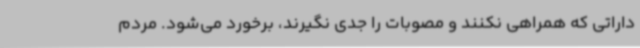
داراتی که همراهی نکنند و مصوبات را جدی نگیرند، برخورد می‌شود. مردم